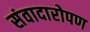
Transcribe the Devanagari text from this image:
संवादारोपण